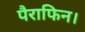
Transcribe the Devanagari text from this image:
पैराफिन।